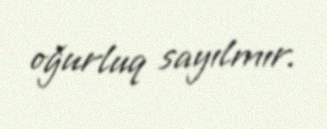
oğurluq sayılmır.